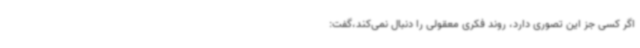
اگر کسی جز این تصوری دارد، روند فکری معقولی را دنبال نمی‌کند،گفت: